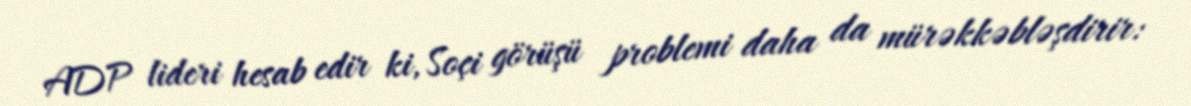
ADP lideri hesab edir ki, Soçi görüşü problemi daha da mürəkkəbləşdirir: